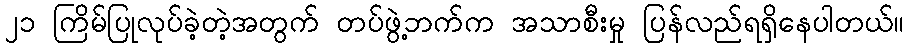
၂၁ ကြိမ်ပြုလုပ်ခဲ့တဲ့အတွက် တပ်ဖွဲ့ဘက်က အသာစီးမှု ပြန်လည်ရရှိနေပါတယ်။